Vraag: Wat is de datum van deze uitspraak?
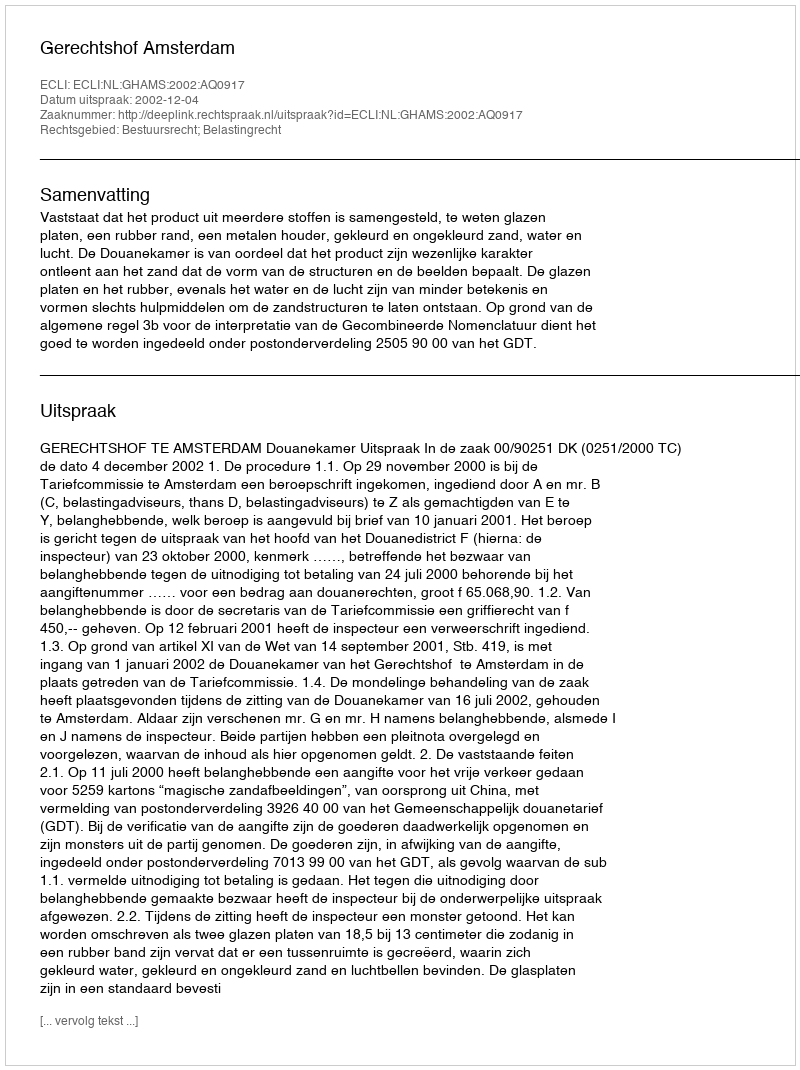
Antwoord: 2002-12-04